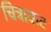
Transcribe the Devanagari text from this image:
चित्राकट